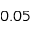
0 . 0 5